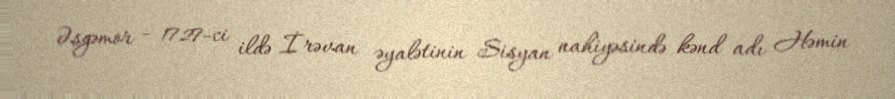
Əsgəmor - 1727-ci ildə İrəvan əyalətinin Sisyan nahiyəsində kənd adı Həmin